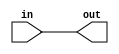
module cds_alias(out,in);

input in;
output out;


assign in = out;


endmodule